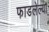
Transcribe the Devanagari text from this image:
फाडलेल्या